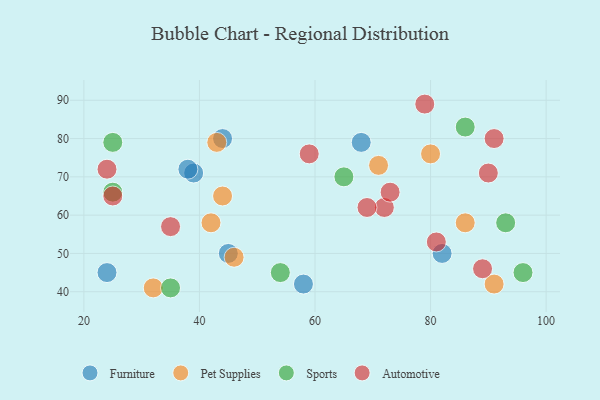
{"axis": {"x": "GDP", "y": "Life Expectancy"}, "legend": ["Automotive", "Furniture", "Pet Supplies", "Sports"], "data": [{"x": "68", "y": 79, "type": "Furniture"}, {"x": "82", "y": 50, "type": "Furniture"}, {"x": "44", "y": 80, "type": "Furniture"}, {"x": "39", "y": 71, "type": "Furniture"}, {"x": "58", "y": 42, "type": "Furniture"}, {"x": "45", "y": 50, "type": "Furniture"}, {"x": "24", "y": 45, "type": "Furniture"}, {"x": "38", "y": 72, "type": "Furniture"}, {"x": "80", "y": 76, "type": "Pet Supplies"}, {"x": "42", "y": 58, "type": "Pet Supplies"}, {"x": "32", "y": 41, "type": "Pet Supplies"}, {"x": "86", "y": 58, "type": "Pet Supplies"}, {"x": "43", "y": 79, "type": "Pet Supplies"}, {"x": "46", "y": 49, "type": "Pet Supplies"}, {"x": "71", "y": 73, "type": "Pet Supplies"}, {"x": "44", "y": 65, "type": "Pet Supplies"}, {"x": "91", "y": 42, "type": "Pet Supplies"}, {"x": "25", "y": 66, "type": "Sports"}, {"x": "25", "y": 79, "type": "Sports"}, {"x": "96", "y": 45, "type": "Sports"}, {"x": "65", "y": 70, "type": "Sports"}, {"x": "35", "y": 41, "type": "Sports"}, {"x": "86", "y": 83, "type": "Sports"}, {"x": "93", "y": 58, "type": "Sports"}, {"x": "54", "y": 45, "type": "Sports"}, {"x": "24", "y": 72, "type": "Automotive"}, {"x": "89", "y": 46, "type": "Automotive"}, {"x": "90", "y": 71, "type": "Automotive"}, {"x": "59", "y": 76, "type": "Automotive"}, {"x": "72", "y": 62, "type": "Automotive"}, {"x": "81", "y": 53, "type": "Automotive"}, {"x": "79", "y": 89, "type": "Automotive"}, {"x": "35", "y": 57, "type": "Automotive"}, {"x": "69", "y": 62, "type": "Automotive"}, {"x": "25", "y": 65, "type": "Automotive"}, {"x": "91", "y": 80, "type": "Automotive"}, {"x": "73", "y": 66, "type": "Automotive"}]}